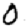
Digit: 0